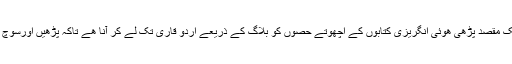
میرے بلاگ کا ایک مقصد پڑھی ھوئی انگریزی کتابوں کے اچھوتے حصوں کو بلاگ کے ذریعے اردو قاری تک لے کر آنا ھے تاکہ پڑھیں اورسوچ کا الاؤ گرم کریں۔